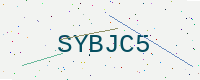
Text: SYBJC5